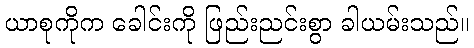
ယာစုကိုက ခေါင်းကို ဖြည်းညင်းစွာ ခါယမ်းသည်။